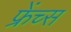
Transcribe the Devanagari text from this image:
फ्रेंच्स